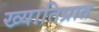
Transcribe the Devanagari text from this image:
ख्यातिप्रात